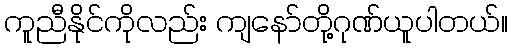
ကူညီနိုင်ကိုလည်း ကျနော်တို့ဂုဏ်ယူပါတယ်။